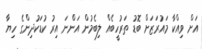
އަށް ވިއްކާ މައުރަޒަށް ބޮޑު ތަރުހީބެއް ލިބެމުން އަންނަ އިރު ކުޑަކުދިންގެ ހިޔާ